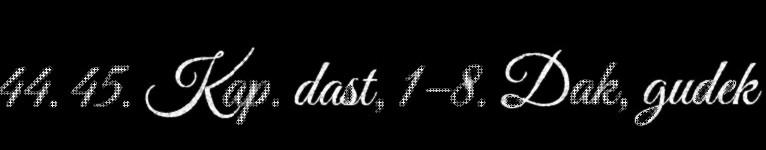
44. 45. Kap. dast, 1–8. Dak, gudek